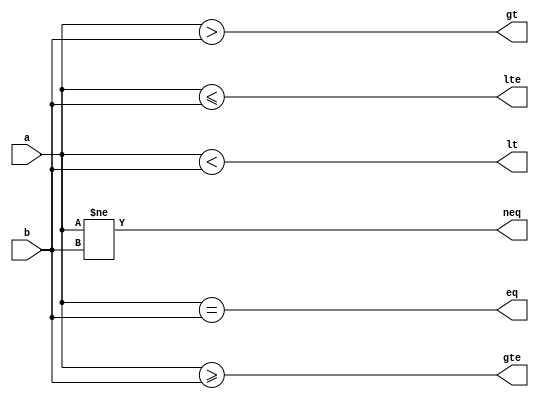
// Adarsh Chaudhary 1701CS01 Lab7 p4

module comparators(eq,neq,lt,lte,gt,gte,a,b);
	parameter N = 8;
	input [N-1:0] a, b;
	output eq, neq;
	output lt, lte;
	output gt, gte;
	assign eq = (a == b);
	assign neq = (a != b);
	assign lt = (a < b);
	assign lte = (a <= b);
	assign gt = (a > b);
	assign gte = (a >= b);
endmodule